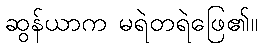
ဆွန်ယာက မရဲတရဲဖြေ၏။